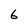
Character: 6